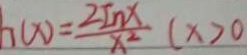
h ( x ) = \frac { 2 I n x } { x ^ { 2 } } ( x > 0